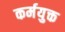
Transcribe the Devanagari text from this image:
कर्मयुक्त